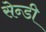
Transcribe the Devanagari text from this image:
सेन्डी